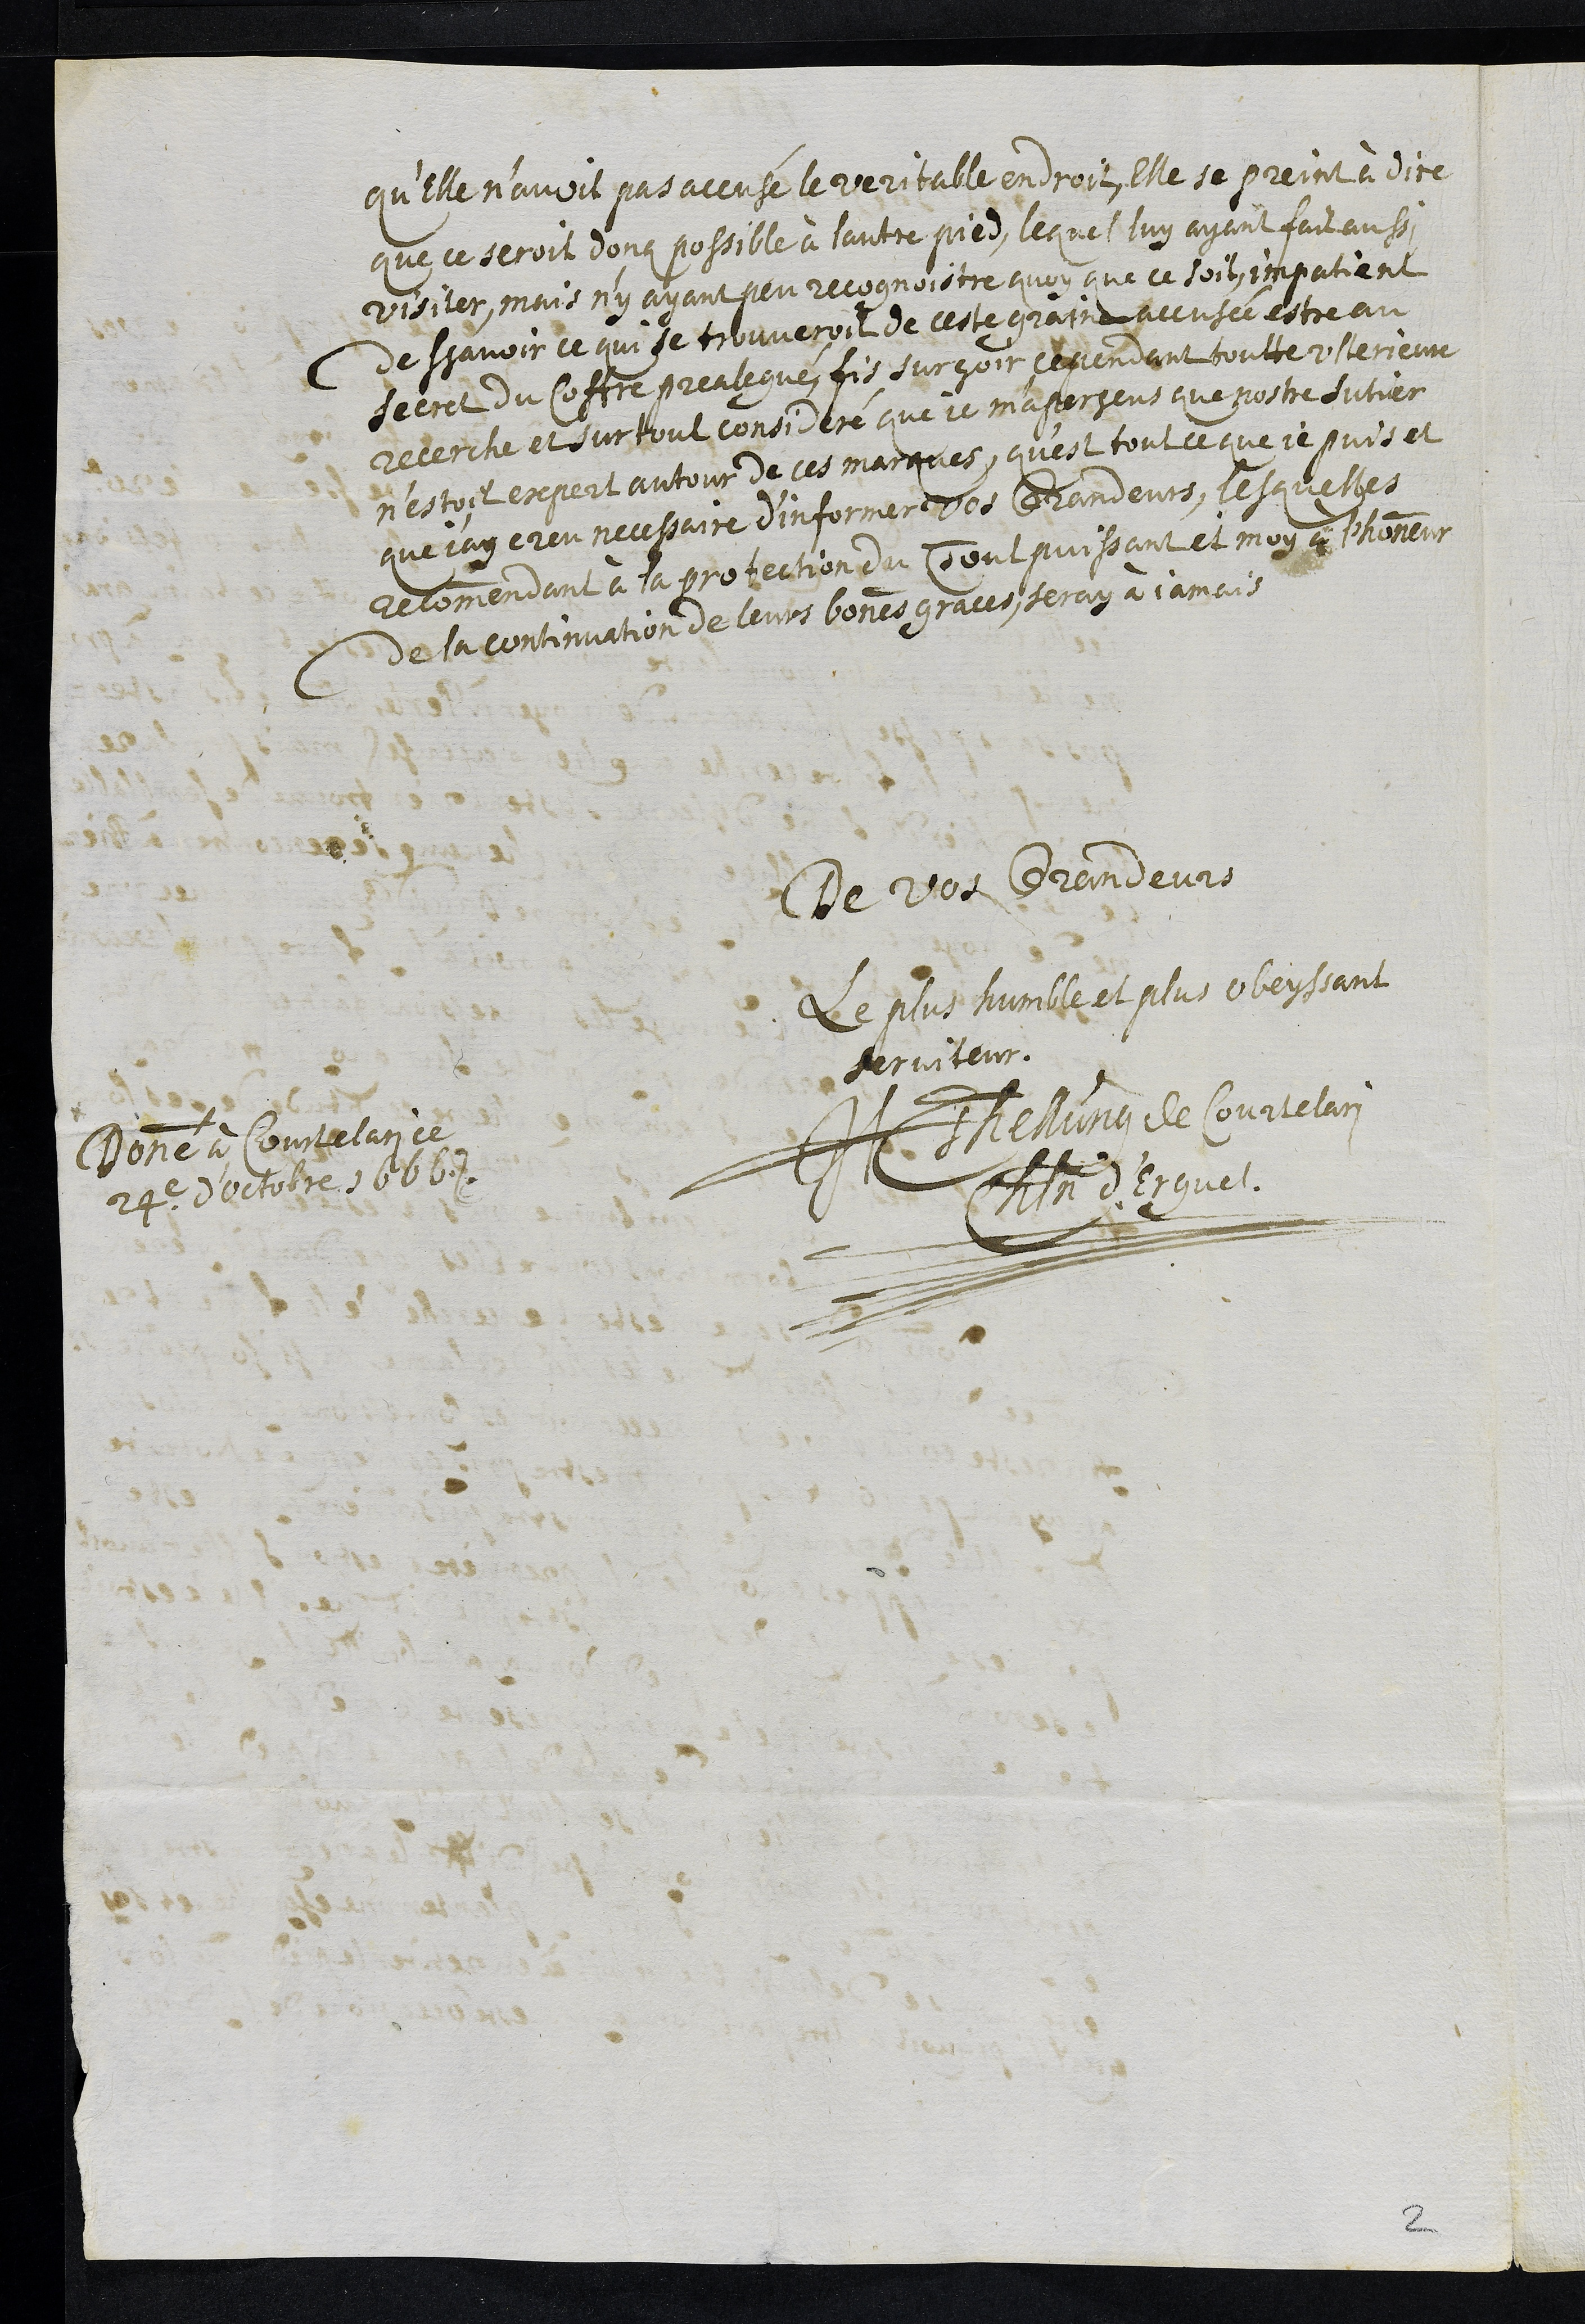
qu’elle n’avoit pas accusé le veritable endroit, Elle se print à dire
que ce seroit donq possible à lautre pied, lequel luy ayant fait aussi
visiter, mais n’y ayant peu recognoistre quoy que ce soit, impatient
de sçavoir ce qui se trouveroit de ceste graine accusée estre au
secret du Coffre prealegué, fis surçoir cependant toutte ulterieure
recerche et surtout consideré que je m'aperseus que nostre sutier
n’estoit expert autour de ces marques, qu’est tout ce que je puis et
que j'ay creu necessaire d’informer vos Grandeurs, lesquelles
recommendant à la protection du Tout puissant et moy à l'honneur
de la continuation de leurs bonnes grace, seray à jamais
De vos Grandeurs
Le plus humble et plus obeyssant
serviteur
H Tellung de Courtelari
Chatelain d'Erguel
Donné à Courtelari ce
24e d'octobre 1666
2